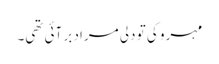
مہرو کی تو دلی مراد بر آئی تھی۔